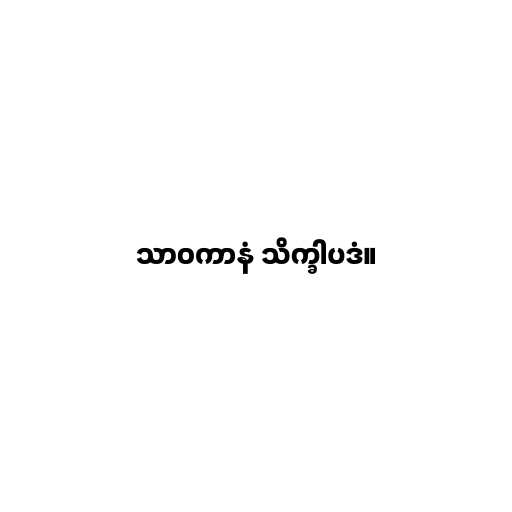
သာဝကာနံ သိက္ခါပဒံ။